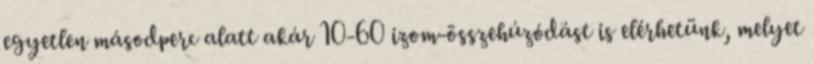
egyetlen másodperc alatt akár 10-60 izom-összehúzódást is elérhetünk, melyet